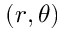
( r , \theta )